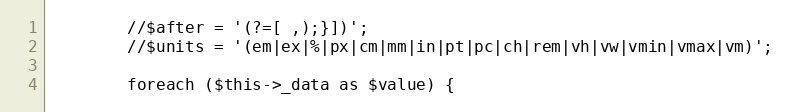
Language: PHP
        //$after = '(?=[ ,);}])';
        //$units = '(em|ex|%|px|cm|mm|in|pt|pc|ch|rem|vh|vw|vmin|vmax|vm)';

        foreach ($this->_data as $value) {